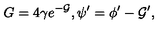
G = 4 \gamma e ^ { - { \cal G } } , \psi ^ { \prime } = \phi ^ { \prime } - { \cal G } ^ { \prime } ,